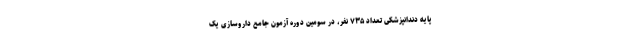
پایه دندانپزشکی تعداد ۷۳۵ نفر، در سومین دوره آزمون جامع داروسازی یک